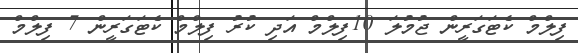
ފިލްމް ކެޓަގަރީން ޖުމުލަ 10ފިލްމް އަދި ކުރު ފިލްމް ކެޓަގަރީން 7 ފިލްމް